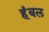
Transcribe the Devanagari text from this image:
हंबल